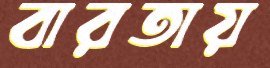
বারতায়